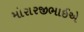
મોરારજીભાઈએ